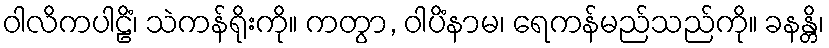
ဝါလိကပါဠိံ၊ သဲကန်ရိုးကို။ ကတွာ, ဝါပိံနာမ၊ ရေကန်မည်သည်ကို။ ခနန္တိ၊